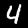
Label: 4